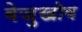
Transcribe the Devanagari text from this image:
बेज़ुखोव